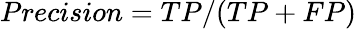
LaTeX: Precision=TP/(TP+FP)